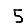
Digit: 5